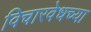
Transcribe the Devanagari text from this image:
विचारवेधच्या